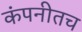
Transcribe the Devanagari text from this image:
कंपनीतच